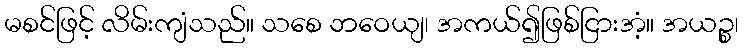
မစင်ဖြင့် လိမ်းကျံသည်။ သစေ ဘဝေယျ၊ အကယ်၍ဖြစ်ငြားအံ့။ အယဉ္စ၊